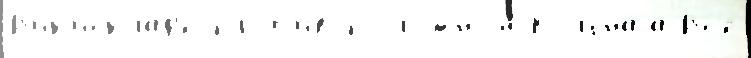
В'ик'исклад'е прот'ивополо́жном Кол'́снаjа Вс'е